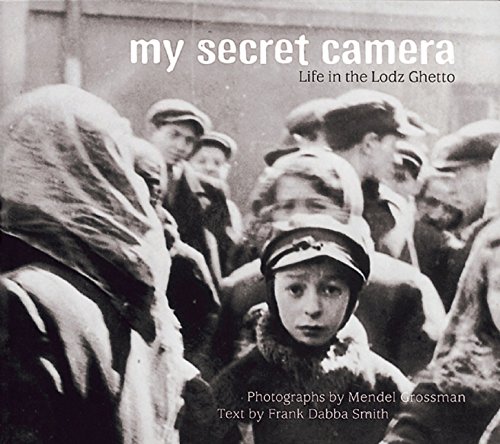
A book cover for My Secret Camera: Life in the Lodz Ghetto; Frank Smith; Children's Books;